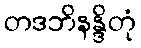
တဒဘိနန္ဒိတုံ